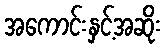
အကောင်းနှင့်အဆိုး